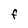
Character: F